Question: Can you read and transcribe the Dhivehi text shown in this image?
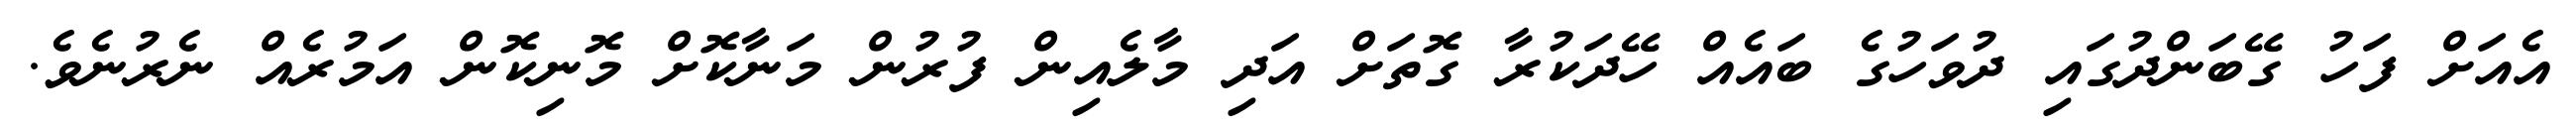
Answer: އެއަށް ފަހު ގޭބަންދުގައި ދުވަހުގެ ބައެއް ހޭދަކުރާ ގޮތަށް އަދި މާލެއިން ފުރުން މަނާކޮށް މޮނިކޮން އަމުރެއް ނެރުނެވެ.